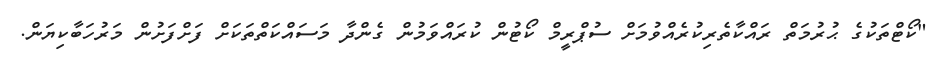
"ކޯޓްތަކުގެ ޙުރުމަތް ރައްކާތެރިކުރެއްވުމަށް ސުޕްރީމް ކޯޓުން ކުރައްވަމުން ގެންދާ މަސައްކަތްތަކަށް ފަށްފަށުން މަރުހަބާކިޔަން.